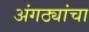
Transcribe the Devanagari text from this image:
अंगठ्यांचा